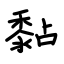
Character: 黏